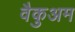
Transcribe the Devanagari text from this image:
वैकुअम